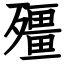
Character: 殭